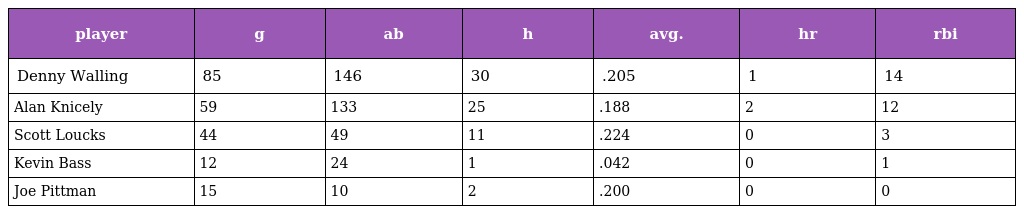
| player | g | ab | h | avg. | hr | rbi |
 | --- | --- | --- | --- | --- | --- | --- |
 | Denny Walling | 85 | 146 | 30 | .205 | 1 | 14 |
 | Alan Knicely | 59 | 133 | 25 | .188 | 2 | 12 |
 | Scott Loucks | 44 | 49 | 11 | .224 | 0 | 3 |
 | Kevin Bass | 12 | 24 | 1 | .042 | 0 | 1 |
 | Joe Pittman | 15 | 10 | 2 | .200 | 0 | 0 |